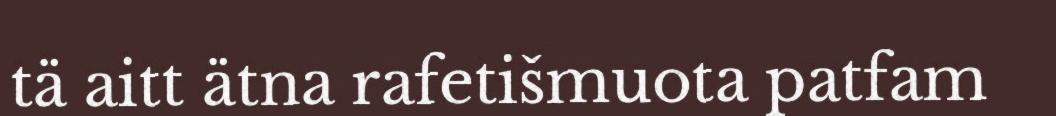
tä aitt ätna rafetišmuota patfam